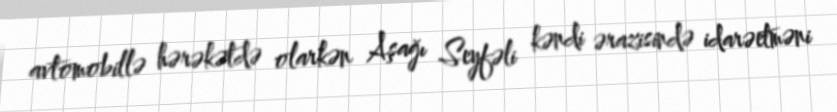
avtomobillə hərəkətdə olarkən Aşağı Seyfəli kəndi ərazisində idarəetməni